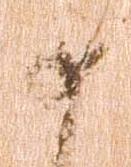
如